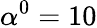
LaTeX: \alpha^{0}=10